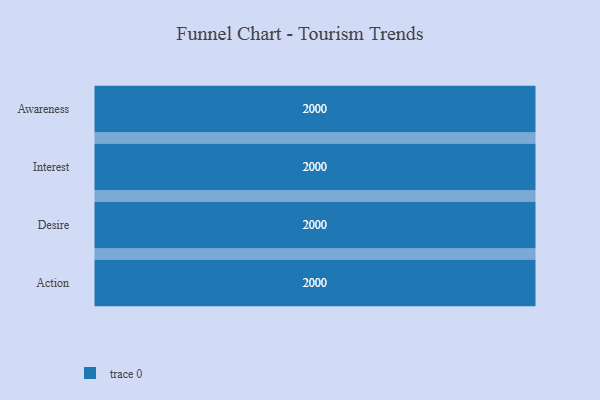
{"axis": {"x": "Stage", "y": "Value"}, "legend": [""], "data": [{"x": "Awareness", "y": 2000, "type": ""}, {"x": "Interest", "y": 2000, "type": ""}, {"x": "Desire", "y": 2000, "type": ""}, {"x": "Action", "y": 2000, "type": ""}]}